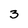
Character: 3